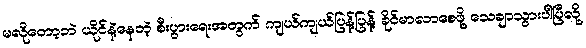
မလိုတော့ဘဲ ယိုင်နဲ့နေတဲ့ စီးပွားရေးအတွက် ကျယ်ကျယ်ပြန့်ပြန့် ခိုင်မာလာစေဖို့ သေချာသွားပါပြီလို့